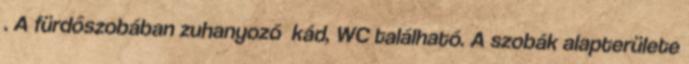
. A fürdőszobában zuhanyozó kád, WC található. A szobák alapterülete